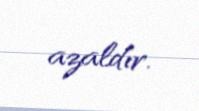
azaldır.